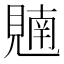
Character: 𫌢